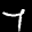
Label: 7